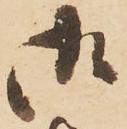
御